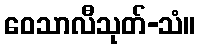
ဝေသာလီသုတ်-သံ။